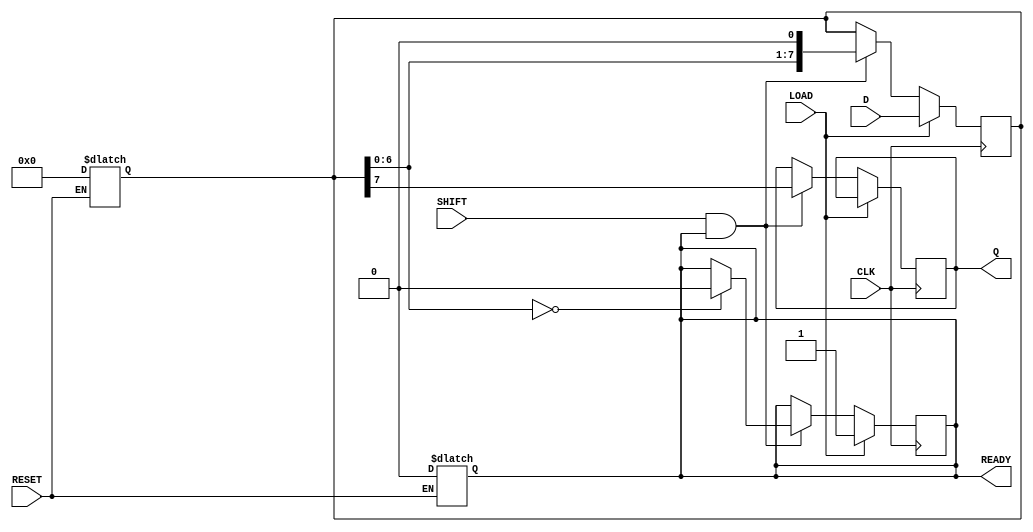
module PISO #(
    parameter WIDTH = 8  // Parameter for the width of the data input
)(
    input  wire [WIDTH-1:0] D,     // Parallel data inputs
    input  wire LOAD,               // Load control signal
    input  wire CLK,                // Clock signal
    input  wire SHIFT,              // Shift control signal
    input  wire RESET,              // Asynchronous reset signal
    output reg  Q,                  // Serial output
    output reg  READY               // Data ready output signal
);

    // Internal storage for the shift register
    reg [WIDTH-1:0] shift_reg;

    // Asynchronous reset behavior
    always @(*) begin
        if (RESET) begin
            shift_reg <= {WIDTH{1'b0}};  // Clear the shift register
            READY <= 1'b0;               // Clear the READY signal
        end
    end

    // Edge-triggered behavior for loading and shifting
    always @(posedge CLK) begin
        if (LOAD) begin
            shift_reg <= D;              // Load data into the shift register
            READY <= 1'b1;               // Indicate that data is ready
        end else if (SHIFT && READY) begin
            Q <= shift_reg[WIDTH-1];     // Output the most significant bit
            shift_reg <= {shift_reg[WIDTH-2:0], 1'b0}; // Shift data left
            if (shift_reg[WIDTH-2:0] == {WIDTH-1{1'b0}}) begin
                READY <= 1'b0;           // Deactivate READY when all bits shifted out
            end
        end
    end

endmodule